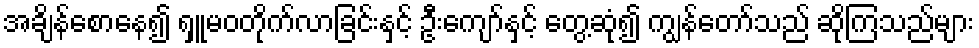
အချိန်စောနေ၍ ရှူမဝတိုက်လာခြင်းနှင့် ဦးကျော်နှင့် တွေ့ဆုံ၍ ကျွန်တော်သည် ဆိုကြသည်များ